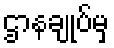
ဌာနချုပ်မှ